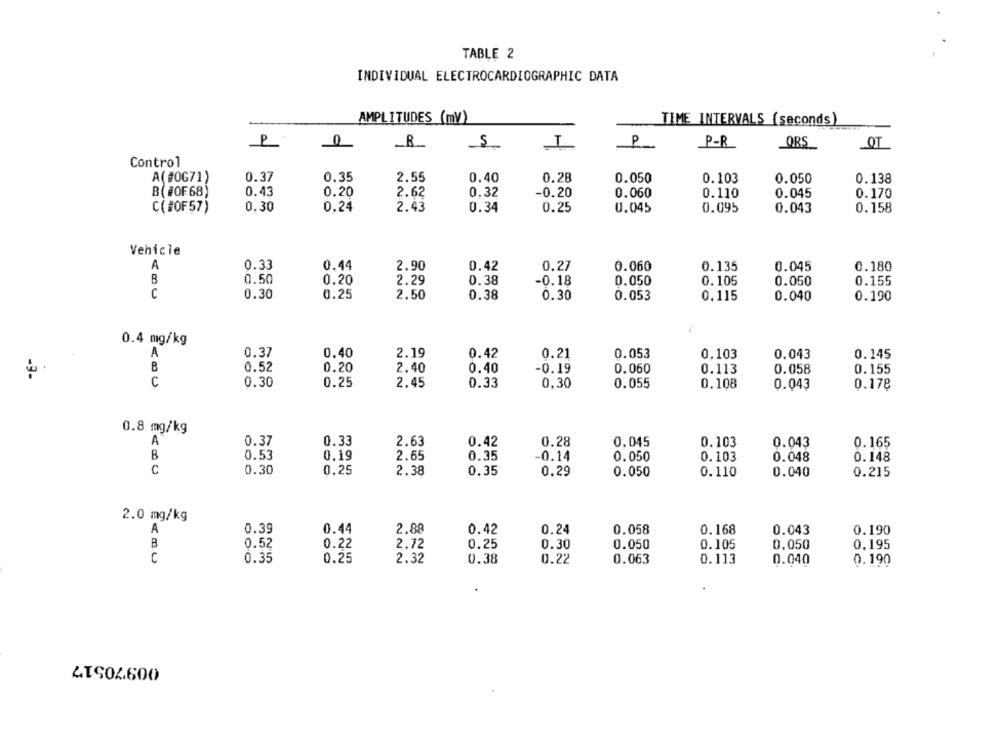
TABLE 2
INDIVIDUAL ELECTROCARDIOGRAMIC DATA
AMPLITUDES (my)
TIME INTERVALS (seconds)
P
_R_
I
P
P-R
ORS
OT
Control
A(#0G71)
0.37
0.35
2.55
0.40
0.28
0.050
0.103
0.050
0.138
B(#OF68)
0.43
0.20
2.62
0.32
-0.20
0.060
0.110
0.045
0.170
0.30
0.24
2.43
0.34
0.25
C(#OF57)
0.045
0.095
0.043
0.158
Vehicle
A
0.33
0.44
2.90
0.42
0.27
0.060
0.135
0.045
0.180
B
0.50
0.20
2.29
0.38
-0.18
0.050
0.105
0.050
0.155
C
0.30
0.25
2.50
0.38
0.30
0.053
0.115
0.040
0.190
0.4 mg/kg
A
0.37
0.40
2.19
0.42
0.21
0.053
0.103
0.043
0.145
B
0.52
0.20
2.40
0.40
-0.19
0.060
0.113
0.058
0.155
C
0.30
0.25
2.45
0.33
0,30
0.055
0.108
0.178
0.043
0.8 mg/kg
A
0.37
0.33
2.63
0.42
0.28
0.045
0.103
0.043
0.165
B
0.53
0.19
2.65
0.35
0.14
0.050
0.103
0.048
0.148
C
0.30
0.25
2.38
0.35
0.29
0.050
0.110
0.040
0.215
2.0 mg/kg
A
0.39
0.44
2.88
0.42
0.24
0.058
0.168
0.043
0.190
B
0.52
0.22
2.72
0.25
0.30
0.050
0.105
0,050
0,195
C
0.35
0.25
2.32
0.38
0.22
0.063
0.113
0.040
0.190
00970517